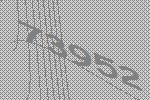
73952